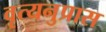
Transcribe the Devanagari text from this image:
वृत्यनुप्रास